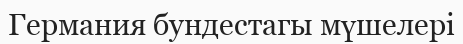
Германия бундестагы мүшелері